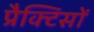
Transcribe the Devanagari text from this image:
प्रैक्टिसों